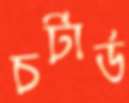
চর্টার্ড